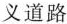
义道路